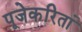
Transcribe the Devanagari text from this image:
पूजेकरितां